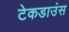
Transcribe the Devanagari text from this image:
टेकडाउंस